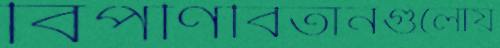
বিপণিবিতানগুলোয়